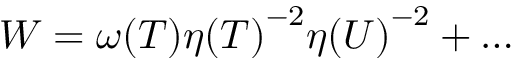
{ \cal W } = { \omega ( T ) } { \eta ( T ) } ^ { - 2 } { \eta ( U ) } ^ { - 2 } + { \dots }